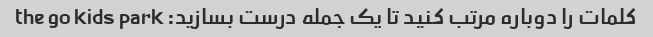
کلمات را دوباره مرتب کنید تا یک جمله درست بسازید: the go kids park